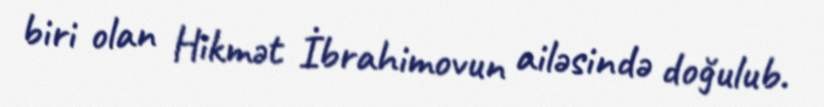
biri olan Hikmət İbrahimovun ailəsində doğulub.